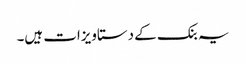
یہ بنک کے دستاویزات ہیں۔